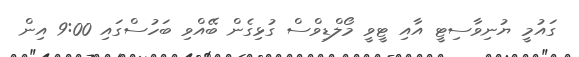
ގައުމީ ޔުނިވާސިޓީ އާއި ޓީވީ މޯލްޑިވްސް ގުޅިގެން ބޭއްވި ބަހުސްގައި 9:00 އިން